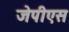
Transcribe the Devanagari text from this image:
जेपीएस